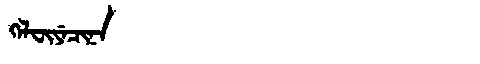
Manchu: ᡴᡝᠯᠸᡳᠶᡝᠴᡳᠨᠠ
Romanization: KELFIYECINA